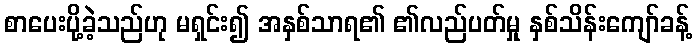
စာပေးပို့ခဲ့သည်ဟု မရှင်း၍ အနှစ်သာရ၏ ၏လည်ပတ်မှု နှစ်သိန်းကျော်ခန့်